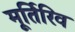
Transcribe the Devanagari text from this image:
मूर्तिरिव